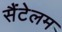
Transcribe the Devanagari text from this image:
सैंटेलम